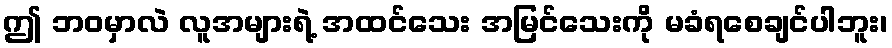
ဤ ဘဝမှာလဲ လူအများရဲ့ အထင်သေး အမြင်သေးကို မခံရစေချင်ပါဘူး၊